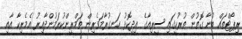
ރިޕޯޓްތައް ބުނާ ގޮތުން ތުރުކީގައި ސީރިއާގެ އިދިކޮޅު ހަނގުރާމަވެރިން ތަމްރީންކުރަމުންދާއިރު އެމެރިކާ އާއި